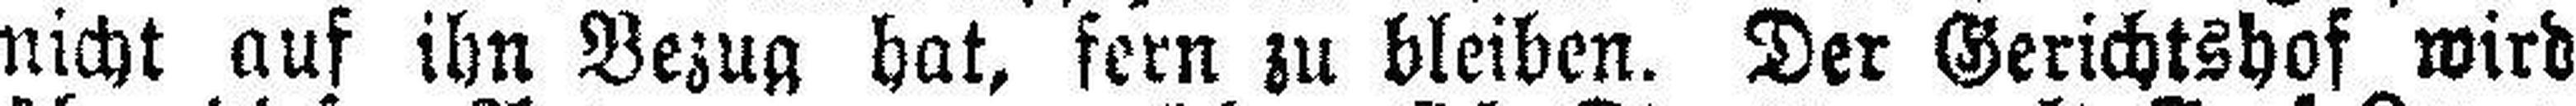
nicht auf ihn Bezug hat, fern zu bleiben. Der Gerichtshof wird